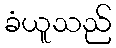
ခံယူသည်